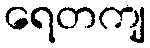
ရေတကျ